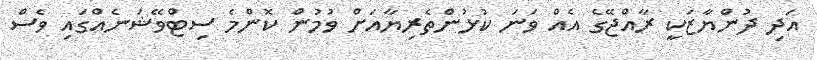
އަދި ދުންޔާޒަކީ ރާއްޖޭގެ އެއް ވަނަ ކުޅުންތެރިޔާއަށް ވުމުން ކޮންމެ ސިޓްވޭޝަނެއްގައި ވެސް